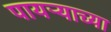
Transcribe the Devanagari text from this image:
पायऱ्याच्या